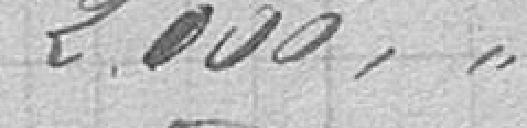
2000,